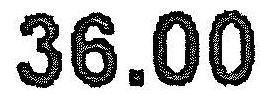
36.00